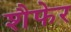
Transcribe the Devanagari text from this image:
शैफेर